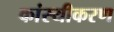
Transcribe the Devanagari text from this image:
कांस्यीकरण